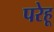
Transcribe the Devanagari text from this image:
परेहू